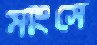
মাংসে